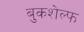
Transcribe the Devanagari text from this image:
बुकशेल्फ